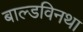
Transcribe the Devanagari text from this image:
बाल्डविनथा